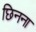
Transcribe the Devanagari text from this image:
छिनना